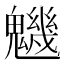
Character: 魕